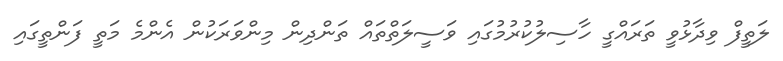
ލަތީފް ވިދާޅުވީ ތަރައްގީ ހާސިލުކުރުމުގައި ވަސީލަތްތައް ތަންދިން މިންވަރަކުން އެންމެ މަތީ ފަންތީގައި